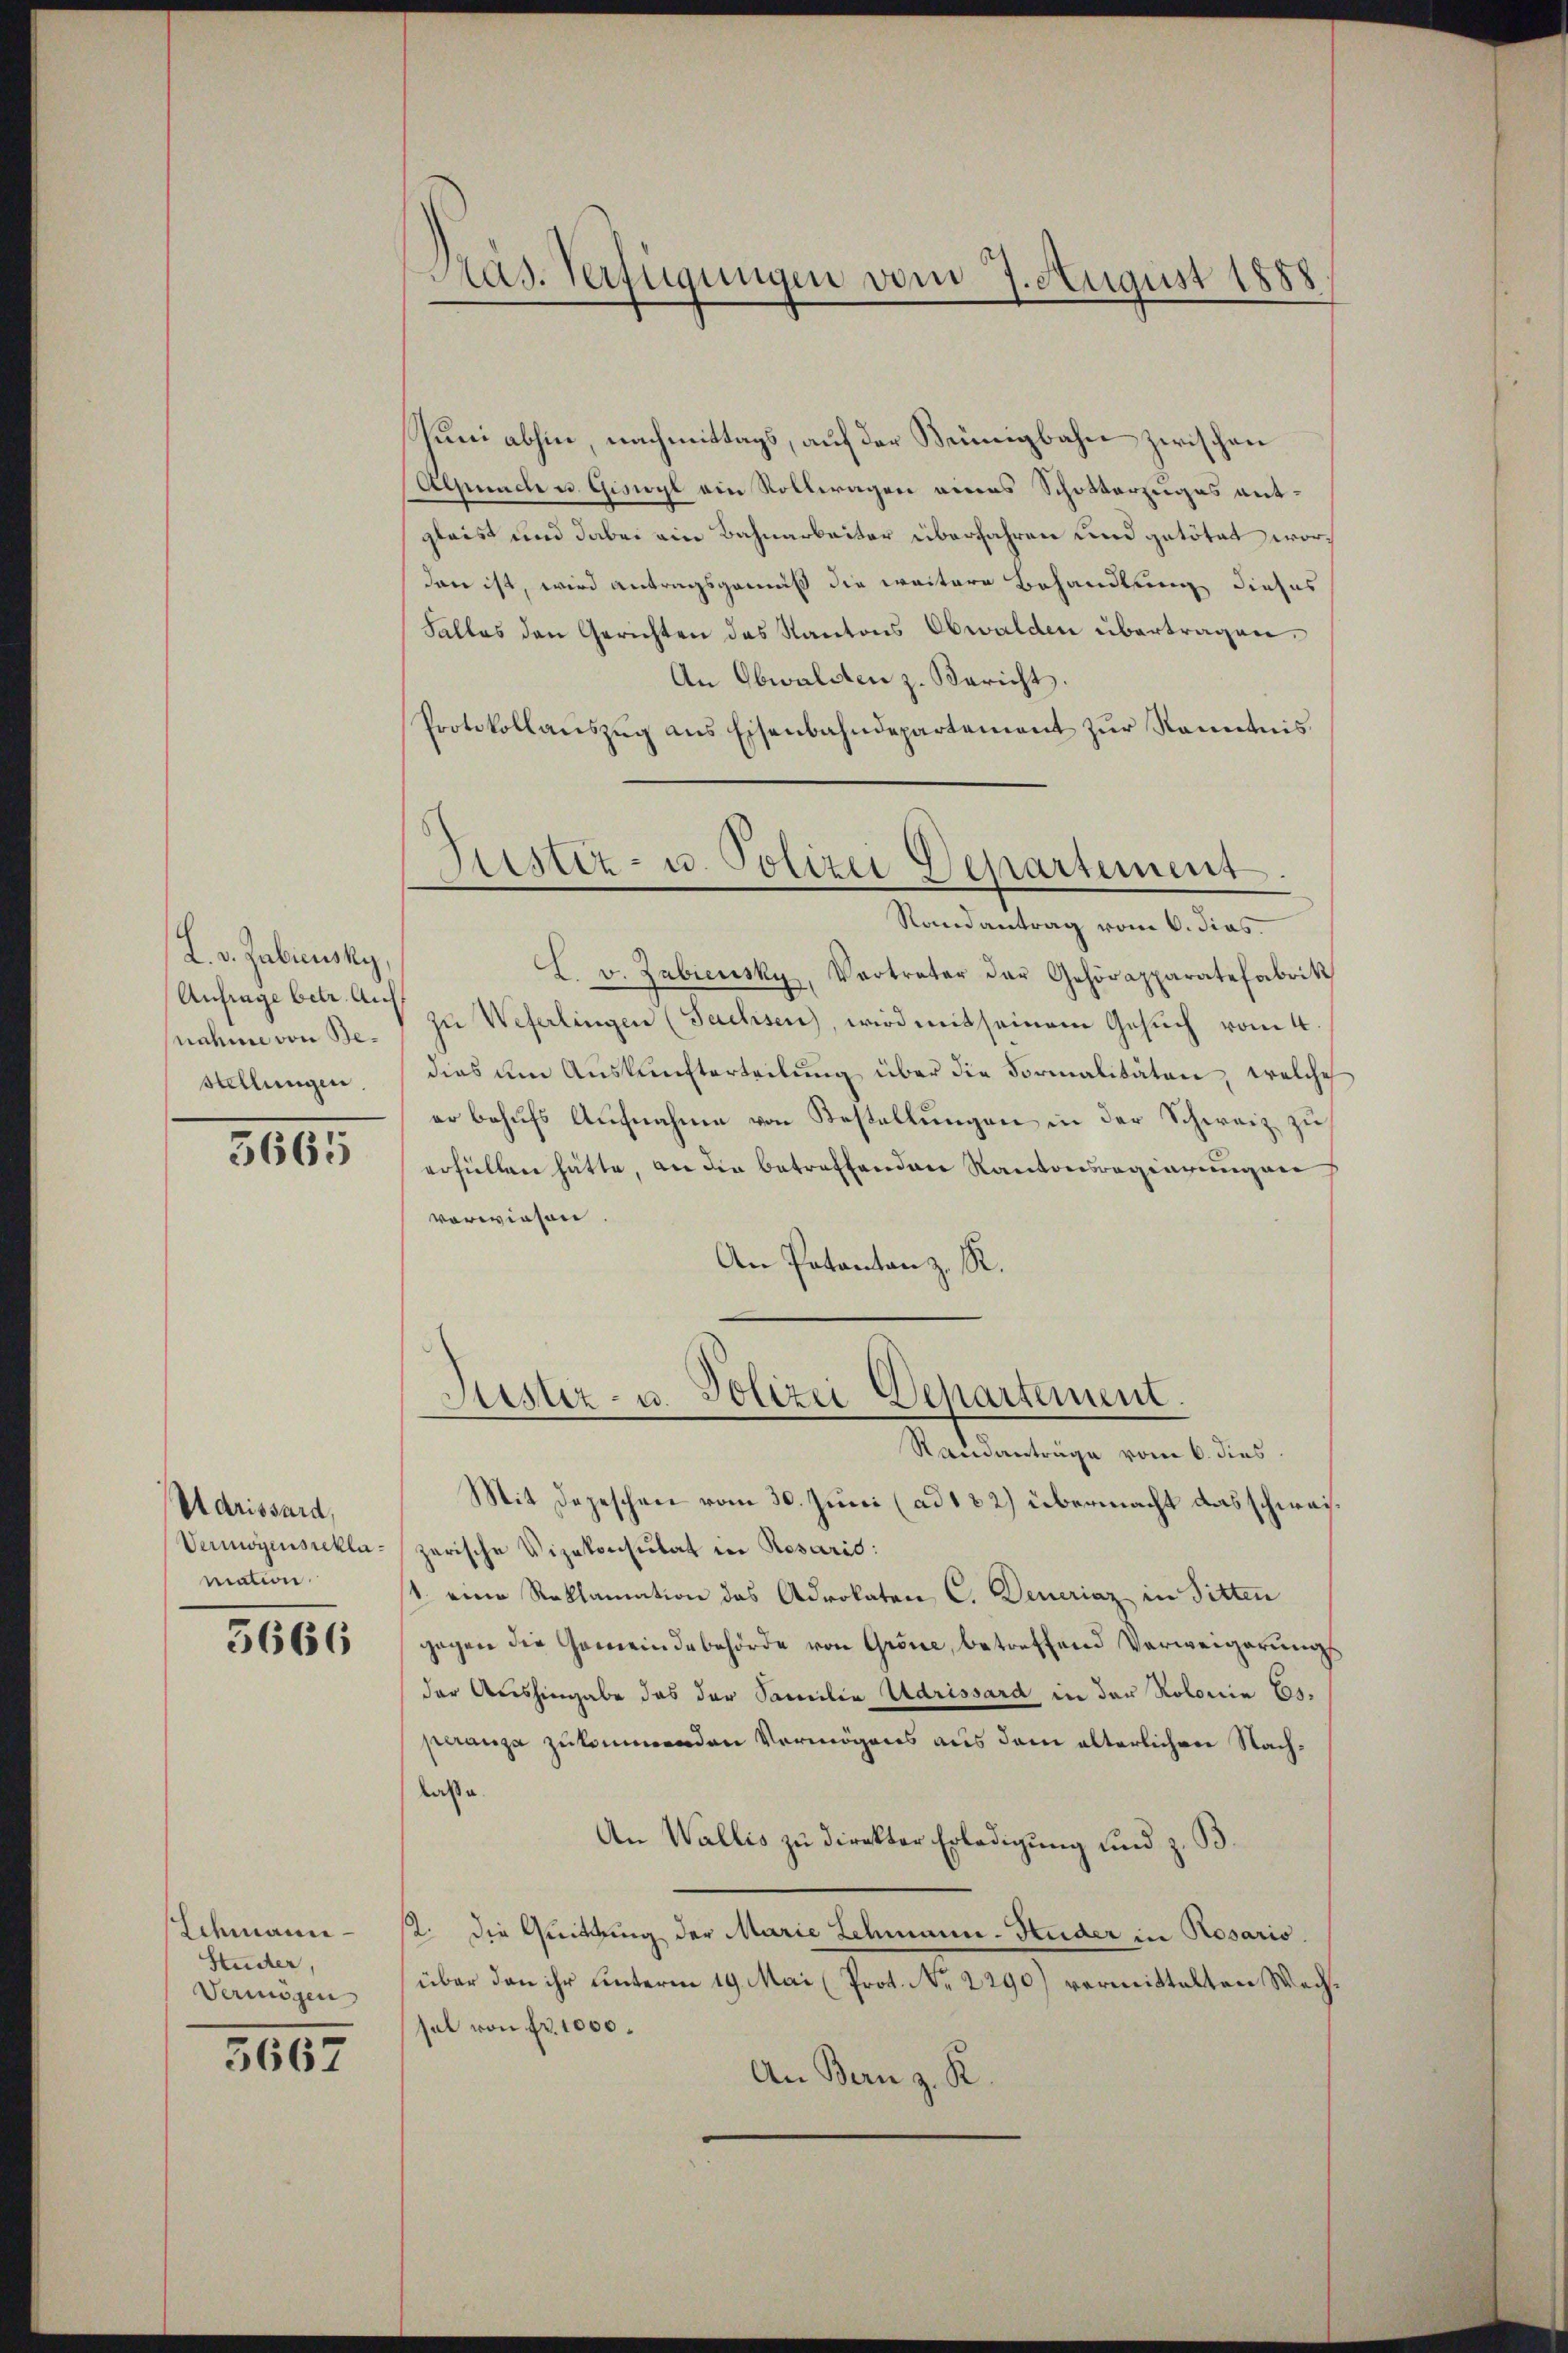
L. v. Zubicusky,
Anfrage betr. Auf
nahme von Bestellungen.

3665

Adrissard,
Vermögensreklamation.

5666

Schmann
Studer,
Vermögen

3667

Puni abhin, nachmittags, auf der Beigbahn zwischen
Aepuncte u Giswyl ain Rolleragen eines Schotterzuges ent-
gleist und dabei ein Bahnarbeiter überfahren und getötet wordann ist, wird antragsgemäß die weitere Behandlung dieses
Falles den Gerichten des Kantons Obwalden übertragen.
An Obwaldten z. Bericht
Protokollauszug aus Eisenbahndepartement zur Kenntnis
Justiz- u. Polizei Departement.

Das. Verfügungen vom 7. August 1888

Randantrag vom 6. dies

Justiz- u. Polizei Departement.
Standanträge vom 6. dies

L. v. Zabiensky, Vertreter der Gehörapparatefabrik
zŭ Weferlingen (Sachsen, wird mit seinem Gesuch vom 4.
dies am Aŭskŭnfterteilŭng über die Formalitäten, welche
er behufs Aufnahme von Bestellungen in der Schweiz zu
erfüllen hätte, an die betreffenden Kantonsregierungen
vorwiesen
An Patentan z. R.

Mit Depeschen vom 30. Juni (ad 182) übermacht das schweizerische Vizekonsulat in Rosaris:
1. eine Reklamation des Advokaten C. Deneriaz in Sitten
gegen die Gemeindebehörde von Gröne, betreffend Verweigerŭngs
der Aushingabe das der Familie Adrissard in der Kolonia Esperanza zu den Vermögens aus dem alterlichen Nachlaße.
An Wallis zu direkter Erledigung und z. B.
12. die Quittung der Marie Lehmann-Huder in Rosario.
über den ihr unterm 19. Mai (Prot. No 2290) vermittelten Wechsal von fr. 1000.
An Bern z. K.